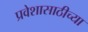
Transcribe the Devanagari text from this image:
प्रवेशासाठीच्या